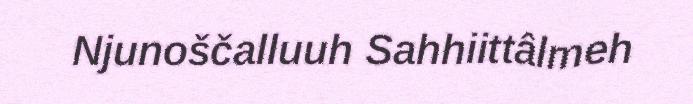
Njunoščalluuh Sahhiittâlmeh